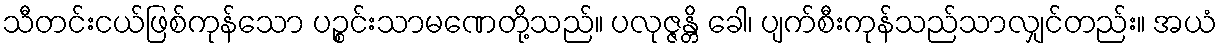
သီတင်းငယ်ဖြစ်ကုန်သော ပဉ္စင်းသာမဏေတို့သည်။ ပလုဇ္ဇန္တိ ခေါ၊ ပျက်စီးကုန်သည်သာလျှင်တည်း။ အယံ